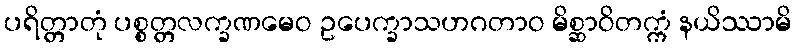
ပရိတ္တာတုံ ပစ္စတ္တလက္ခဏမေဝ ဥပေက္ခာသဟဂတာဝ မိစ္ဆာဝိတက္ကံ နယိဿာမိ